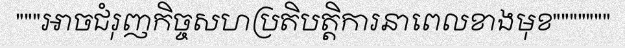
"""អាចជំរុញកិច្ចសហប្រតិបត្តិការនាពេលខាងមុខ"""""""